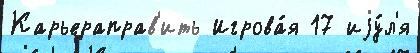
Карьераправ'ить Игрова́я 17 иjу́л'я